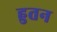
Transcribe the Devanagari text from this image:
हुतन